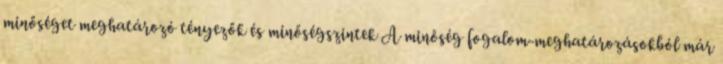
minőséget meghatározó tényezők és minőségszintek A minőség fogalom-meghatározásokból már